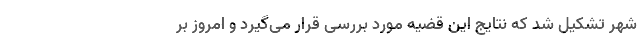
شهر تشکیل شد که نتایج این قضیه مورد بررسی قرار می‌گیرد و امروز بر